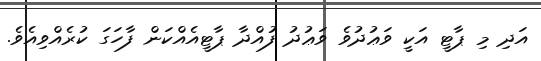
އަދި މި ޕާޓީ އަކީ ވަޢުދުވެ ވަޢުދު ފުއްދާ ޕާޓީއެއްކަން ފާހަގަަ ކުރެއްވިއެވެ.